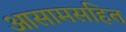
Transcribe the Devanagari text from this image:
आसामसहित